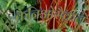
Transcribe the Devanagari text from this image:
क्रैनिओसैक्रल